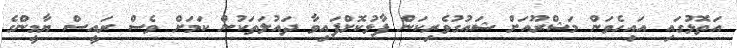
އަތޮޅުގައި އައިހެވަން މަޝްރޫއަށް ޝައުގުވެރިކަން ފާޅުކޮށްފައިވާ ދައުލަތަކުން ކަމަށް ވެސް ރައީސް ޔާމީންގެ